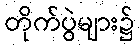
တိုက်ပွဲများ၌